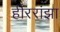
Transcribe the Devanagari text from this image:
हीररांझा